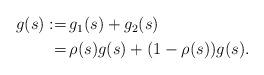
LaTeX: \begin{align*}\begin{aligned}g(s):=&\,g_1(s)+g_2(s)\\=&\,\rho(s)g(s)+(1-\rho(s))g(s).\end{aligned}\end{align*}